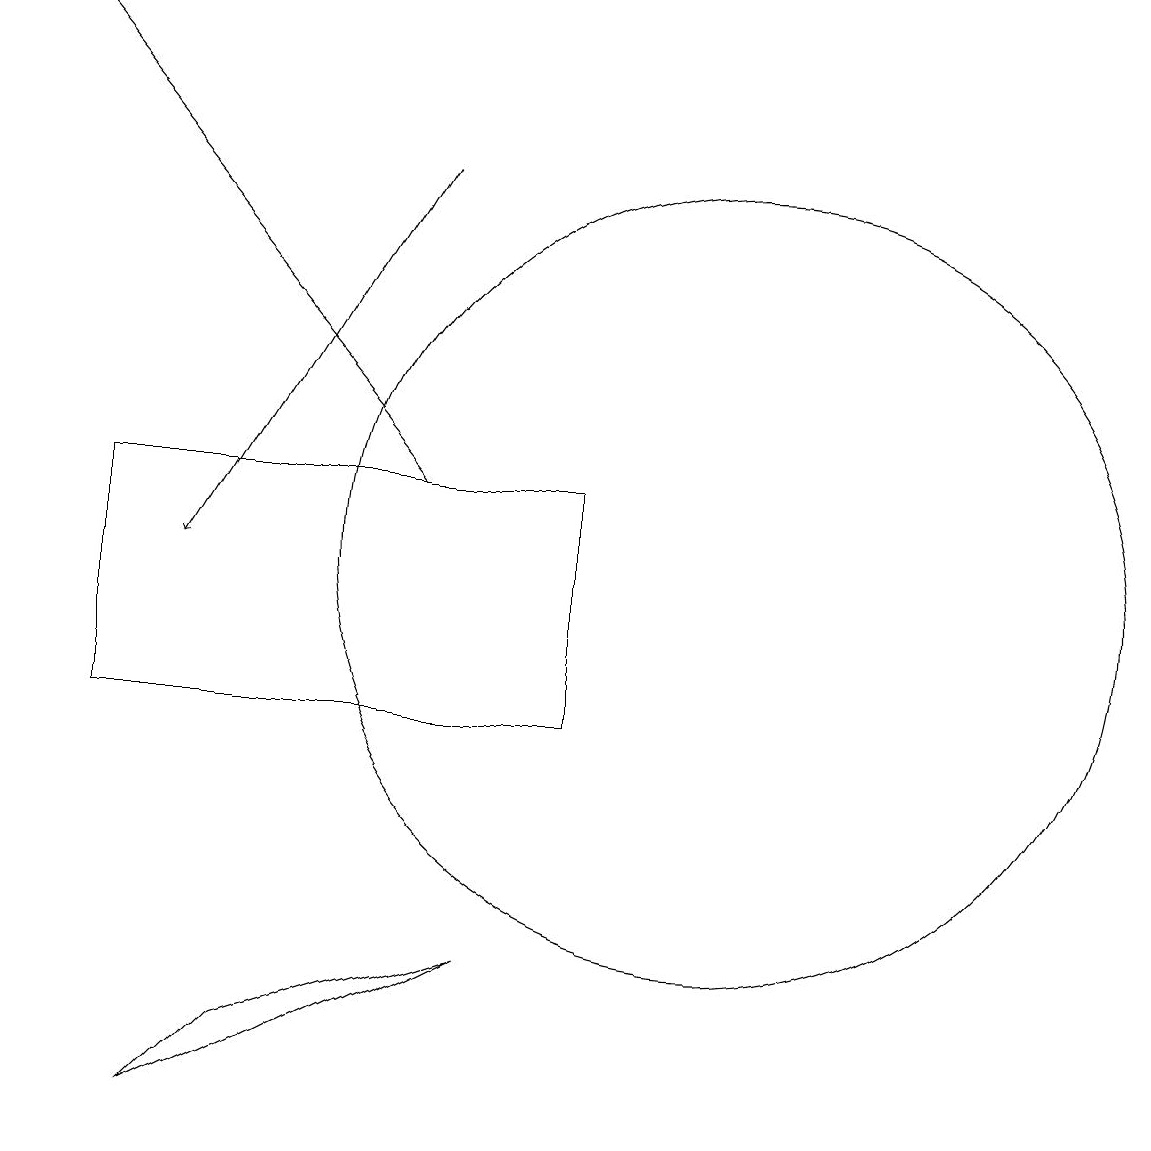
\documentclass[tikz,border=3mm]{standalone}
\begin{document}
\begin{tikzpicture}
\draw (3,10) rectangle (9,13);
\draw[->] (7,17) -- (4,12);
\draw (8,7) -- (5,6) -- (4,5) -- cycle;
\draw[->] (7,13) -- (2,19);
\draw (11,12) circle (5);
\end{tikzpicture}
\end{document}